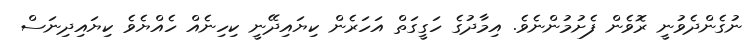
ނުގެންދެވުނީ ރޮވެން ފެށުމުންނެވެ. އިމާދުގެ ހަގީގަތް އަހަރެން ކިޔައިދޭނީ ކިހިނެއް ހެއްޔެވެ ކިޔައިދިނަސް